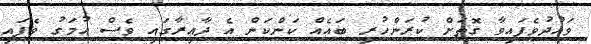
ވައުދުވެފައިވާ ގޮތަށް ކުރަންހުރި ބައެއް ކަންކަން އެ ދާއިރާގައި ވެސް އުމަގު ވެފައި